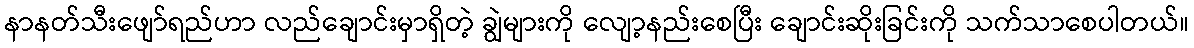
နာနတ်သီးဖျော်ရည်ဟာ လည်ချောင်းမှာရှိတဲ့ ချွဲများကို လျော့နည်းစေပြီး ချောင်းဆိုးခြင်းကို သက်သာစေပါတယ်။